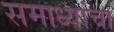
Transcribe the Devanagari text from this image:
समाध्यांचा